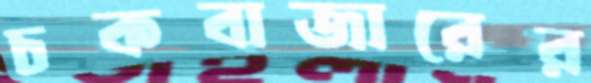
চকবাজারের